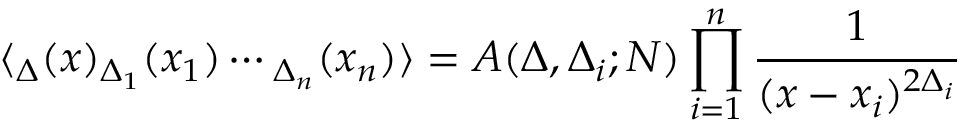
\langle \O _ { \Delta } ( x ) \O _ { \Delta _ { 1 } } ( x _ { 1 } ) \cdots \O _ { \Delta _ { n } } ( x _ { n } ) \rangle = A ( \Delta , \Delta _ { i } ; N ) \prod _ { i = 1 } ^ { n } { \frac { 1 } { ( x - x _ { i } ) ^ { 2 \Delta _ { i } } } }